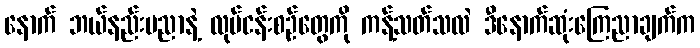
နောက် ဘယ်နည်းပညာနဲ့ လုပ်ငန်းစဉ်တွေကို ကန့်သတ်သလဲ ဒီနောက်ဆုံးကြေညာချက်က